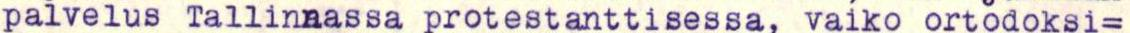
palvelus Tallinaassa protestanttisessa, vaiko ortodoksi=